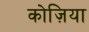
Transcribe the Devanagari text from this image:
कोज़िया